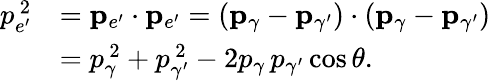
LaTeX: {\begin{array}{rl}{p_{e^{\prime}}^{\, 2}}&{=\mathbf{p}_{e^{\prime}}\cdot\mathbf{p}_{e^{\prime}}=(\mathbf{p}_{\gamma}-\mathbf{p}_{\gamma^{\prime}})\cdot(\mathbf{p}_{\gamma}-\mathbf{p}_{\gamma^{\prime}})}\\ &{=p_{\gamma}^{\, 2}+p_{\gamma^{\prime}}^{\, 2}-2p_{\gamma}\, p_{\gamma^{\prime}}\cos\theta.}\end{array}}